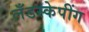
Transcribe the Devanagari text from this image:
लँडस्केपींग